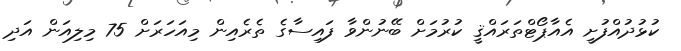
ކުޅުދުއްފުށީ އެއާޕޯޓްތަރައްޤީ ކުރުމަށް ބޭނުންވާ ފައިސާގެ ތެރެއިން މިއަހަރަށް 75 މިލިއަން އަދި